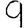
Digit: 9